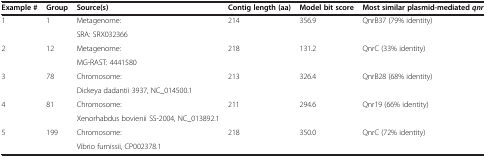
<table><thead><tr><td><b>Example #</b></td><td><b>Group</b></td><td><b>Source(s)</b></td><td><b>Contig length (aa)</b></td><td><b>Model bit score</b></td><td><b>Most similar plasmid-mediated<i>qnr</i></b></td></tr></thead><tbody><tr><td>1</td><td>1</td><td>Metagenome:</td><td>214</td><td>356.9</td><td>QnrB37 (79% identity)</td></tr><tr><td> </td><td> </td><td>SRA: SRX032366</td><td> </td><td> </td><td> </td></tr><tr><td>2</td><td>12</td><td>Metagenome:</td><td>218</td><td>131.2</td><td>QnrC (33% identity)</td></tr><tr><td> </td><td> </td><td>MG-RAST: 4441580</td><td> </td><td> </td><td> </td></tr><tr><td>3</td><td>78</td><td>Chromosome:</td><td>213</td><td>326.4</td><td>QnrB28 (68% identity)</td></tr><tr><td> </td><td> </td><td>Dickeya dadantii 3937, NC_014500.1</td><td> </td><td> </td><td> </td></tr><tr><td>4</td><td>81</td><td>Chromosome:</td><td>211</td><td>294.6</td><td>Qnr19 (66% identity)</td></tr><tr><td> </td><td> </td><td>Xenorhabdus bovienii SS-2004, NC_013892.1</td><td> </td><td> </td><td> </td></tr><tr><td>5</td><td>199</td><td>Chromosome:</td><td>218</td><td>350.0</td><td>QnrC (72% identity)</td></tr><tr><td> </td><td> </td><td>Vibrio furnissii, CP002378.1</td><td> </td><td> </td><td> </td></tr></tbody></table>